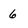
Character: 6